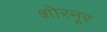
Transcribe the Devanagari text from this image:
शोरनूर